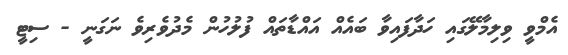
އެމްވީ ވިލިމާލޭގައި ހަދާފައިވާ ބައެއް އައްޑާތައް ފުލުހުން މެދުވެރިވެ ނަގަނީ - ސިޓީ